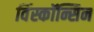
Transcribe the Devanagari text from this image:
विंस्कॉन्सिन